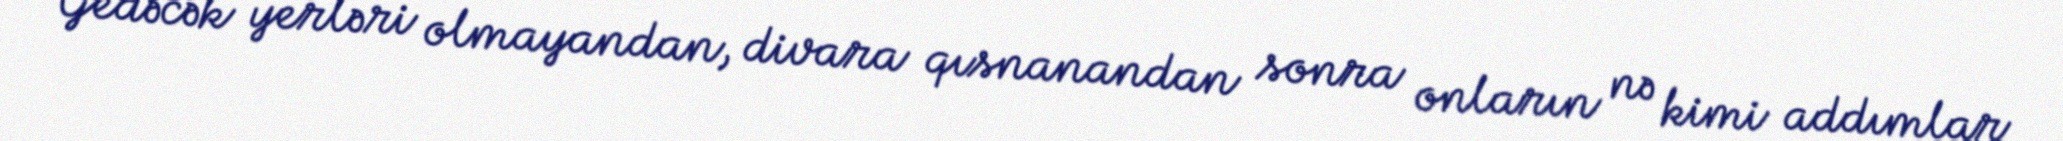
Gedəcək yerləri olmayandan, divara qısnanandan sonra onların nə kimi addımlar